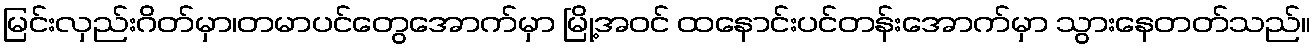
မြင်းလှည်းဂိတ်မှာ၊တမာပင်တွေအောက်မှာ မြို့အဝင် ထနောင်းပင်တန်းအောက်မှာ သွားနေတတ်သည်။